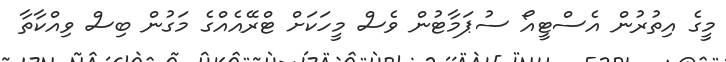
މީގެ އިތުރުން އެސްޓީއޯ ސުޕަމާޓުން ވެސް މީހަކަަށް ޓްރޭއެއްގެ މަގުން ބިސް ވިއްކާތާ